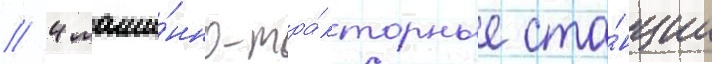
/ 4 маши́нно-тра́кторные ста́нции